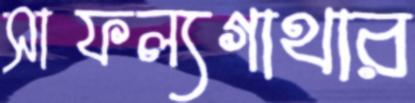
সাফল্যগাথার